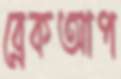
ব্রেকআপ